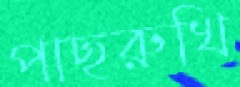
পাছরুখি